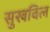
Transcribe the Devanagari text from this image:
सुखविल